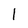
Character: 1